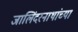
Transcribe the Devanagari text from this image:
जालिंदरनाथांच्या